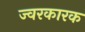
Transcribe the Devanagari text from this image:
ज्‍वरकारक